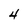
Character: 4